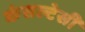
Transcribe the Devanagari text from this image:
कंसल्टेसी